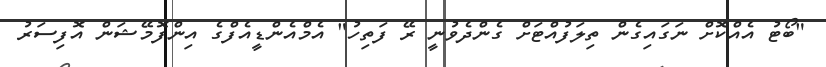
"ބޯޓު އެއްކޮށް ނަގައިގެން ތިލަފުއްޓަށް ގެންދެވުނީ ރޭ ފަތިހު" އެމްއެންޑީއެފްގެ އިންފޮމޭޝަން އޮފިސަރު